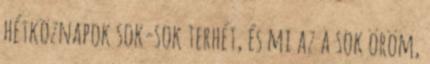
hétköznapok sok-sok terhét, és mi az a sok öröm,